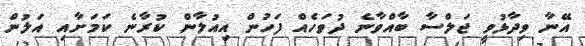
އޭނާ ވިދާޅުވީ ޖަލްސާ ބާއްވާނެ ދުވަހެއް ފަހުން އިއުލާން ކުރާނެ ކަމަށާއި އަލުން